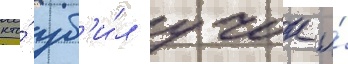
кто́ уб'и́л учок и́